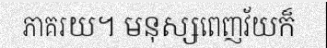
ភាគរយ។ មនុស្សពេញវ័យក៏